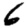
Digit: 6